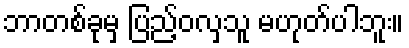
ဘာတစ်ခုမှ ပြည့်ဝလှသူ မဟုတ်ပါဘူး။